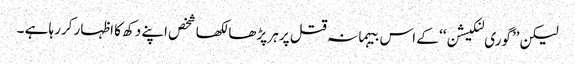
لیکن ’’گوری لنکیشن‘‘ کے اس بیہمانہ قتل پر ہر پڑھا لکھا شخص اپنے دکھ کا اظہار کررہا ہے ۔